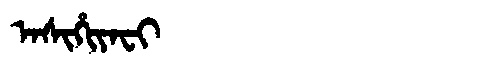
Manchu: ᠠᠰᡳᡥᡳᠶᠠᠸᡳ
Romanization: ASIHIYAFI